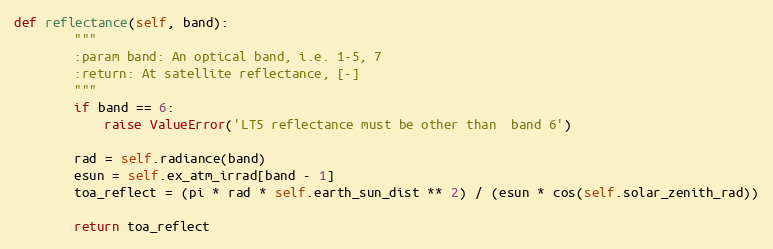
Language: Python
def reflectance(self, band):
        """
        :param band: An optical band, i.e. 1-5, 7
        :return: At satellite reflectance, [-]
        """
        if band == 6:
            raise ValueError('LT5 reflectance must be other than  band 6')

        rad = self.radiance(band)
        esun = self.ex_atm_irrad[band - 1]
        toa_reflect = (pi * rad * self.earth_sun_dist ** 2) / (esun * cos(self.solar_zenith_rad))

        return toa_reflect